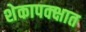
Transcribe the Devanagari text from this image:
शेकापक्क्षात